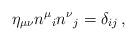
LaTeX: \begin{align*}\eta_{\mu\nu} n^\mu{}_i n^\nu{}_j = \delta_{ij}\,,\end{align*}